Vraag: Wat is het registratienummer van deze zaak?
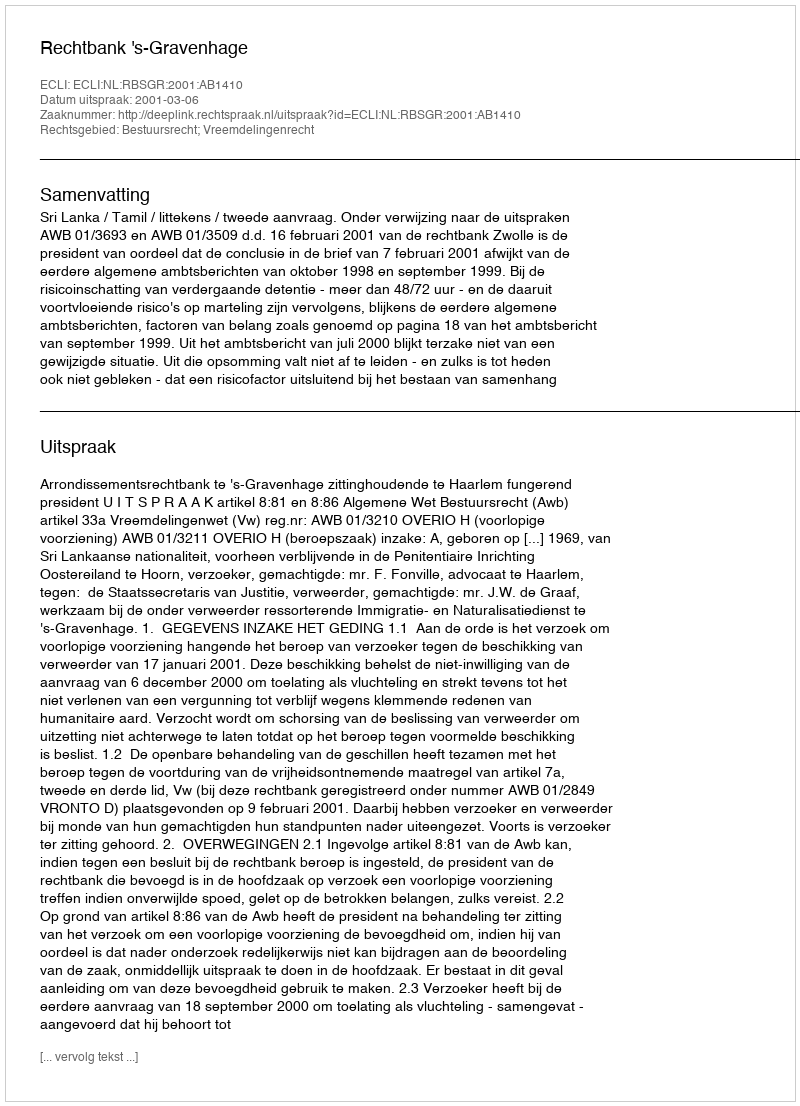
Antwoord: http://deeplink.rechtspraak.nl/uitspraak?id=ECLI:NL:RBSGR:2001:AB1410